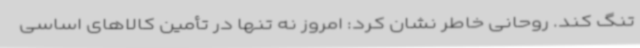
تنگ کند. روحانی خاطر نشان کرد: امروز نه تنها در تأمین کالاهای اساسی